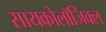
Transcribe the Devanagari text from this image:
सायकोलाॅजिक्ल